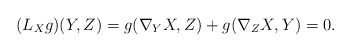
\begin{align*}(L_{X}g)(Y,Z) = g(\nabla_{Y}X,Z) + g(\nabla_{Z}X,Y) =0.\end{align*}